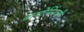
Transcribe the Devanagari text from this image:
वायोमिंगची